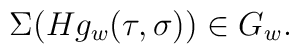
\Sigma(Hg_w(\tau,\sigma))\in G_w.